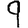
Digit: 9